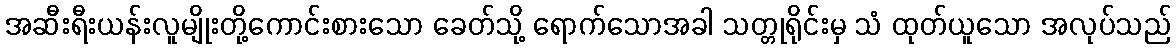
အဆီးရီးယန်းလူမျိုးတို့ကောင်းစားသော ခေတ်သို့ ရောက်သောအခါ သတ္တုရိုင်းမှ သံ ထုတ်ယူသော အလုပ်သည်